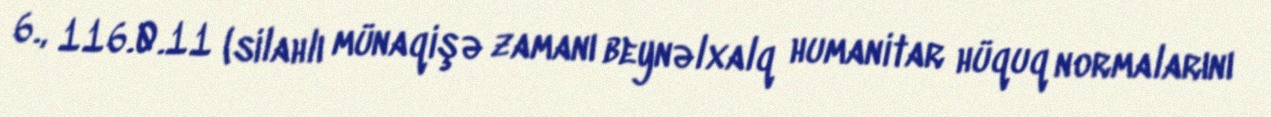
6., 116.0.11 (silahlı münaqişə zamanı beynəlxalq humanitar hüquq normalarını